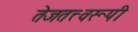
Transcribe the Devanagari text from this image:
तेजतत्त्वरूपी